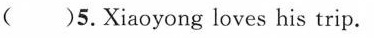
( )5.Xiaoyong loves his trip.